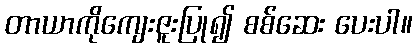
တာယာကိုကျေးဇူးပြု၍ စစ်ဆေး ပေးပါ။